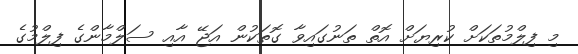
މި ފިލްމުތަކަށް ކުރިޔަށް އޮތް ތަނުގައިވާ ގޮތަކުން އަޖޭ އާއި ސަލްމާންގެ ފިލްމުގެ